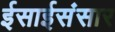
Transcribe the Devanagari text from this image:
ईसाईसंसार